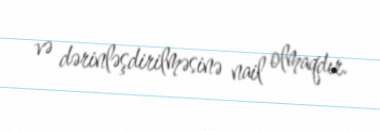
və dərinləşdirilməsinə nail olmaqdır.